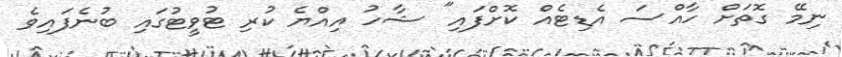
ނިމޭ ގޮތަށް ހާއްސަ އެޑިޓެއް ކޮށްފައި" ޝާހު އިއްޔެ ކުރި ޓުވީޓުގައި ބުނެފައިވެ